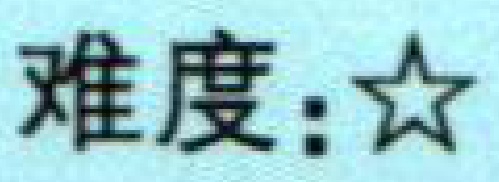
难度：★